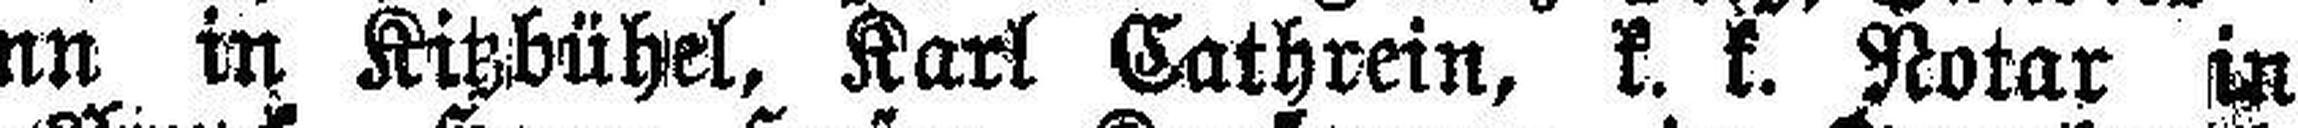
mann in Kitzbühel, Karl Cathrein, k. k. Notar in